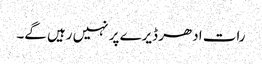
رات ادھر ڈیرے پر نہیں رہیں گے۔